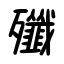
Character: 殲